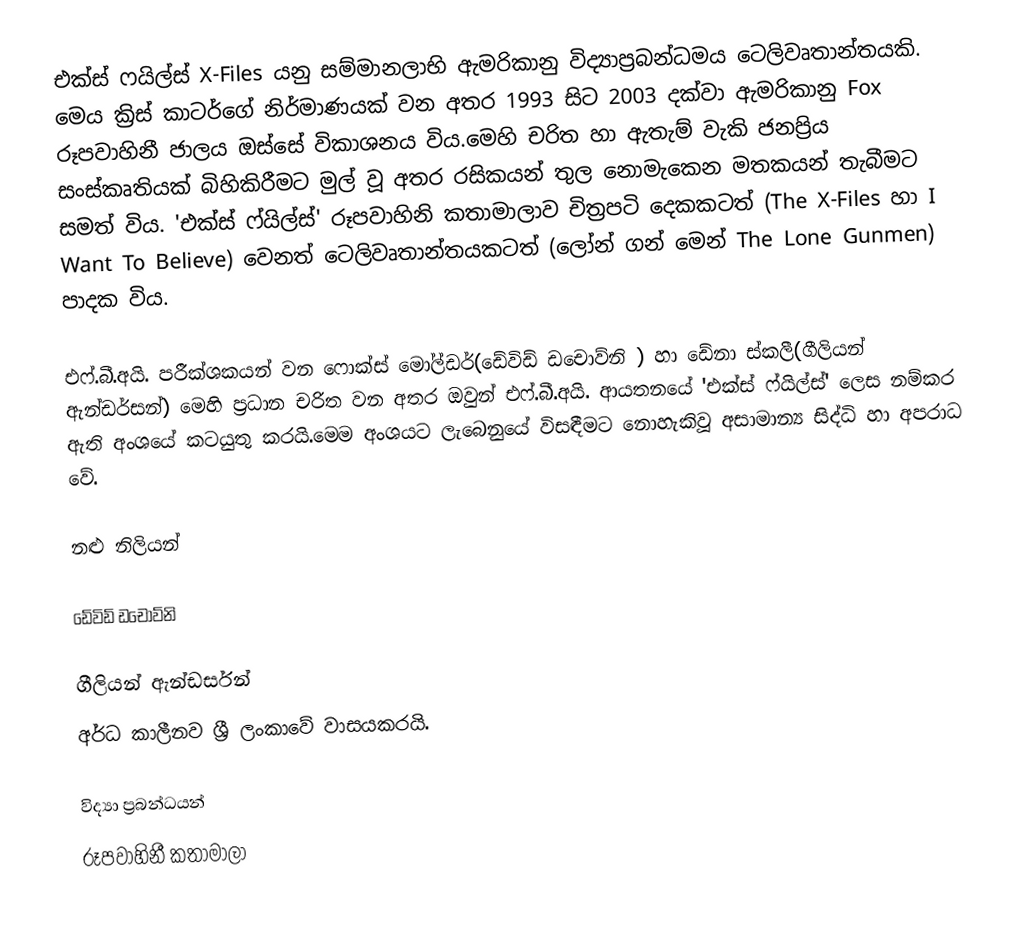
එක්ස් ෆයිල්ස් X-Files යනු සම්මානලාභි ඇමරිකානු විද්‍යාප්‍රබන්ධමය ටෙලිවෘතාන්තයකි. මෙය ක්‍රිස් කාටර්ගේ නිර්මාණයක් වන අතර 1993 සිට 2003 දක්වා ඇමරිකානු Fox රූපවාහිනී ජාලය ඔස්සේ විකාශනය විය.මෙහි චරිත හා ඇතැම් වැකි ජනප්‍රිය සංස්කෘතියක් බිහිකිරීමට මුල් වූ අතර රසිකයන් තුල නොමැකෙන මතකයන් තැබීමට සමත් විය. 'එක්ස් ෆ්යිල්ස්' රූපවාහිනි කතාමාලාව චිත්‍රපටි දෙකකටත් (The X-Files හා I Want To Believe) වෙනත් ටෙලිවෘතාන්තයකටත් (ලෝන් ගන් මෙන් The Lone Gunmen) පාදක විය.

එෆ්.බී.අයි. පරීක්ශකයන් වන ෆොක්ස් මෝල්ඩර්(ඩේවිඩ් ඩචොව්නි ) හා ඩේනා ස්කලී(ගීලියන් ඇන්ඩර්සන්) මෙහි ප්‍රධාන චරිත වන අතර ඔවුන් එෆ්.බී.අයි. ආයතනයේ 'එක්ස් ෆ්යිල්ස්' ලෙස නම්කර ඇති අංශයේ කටයුතු කරයි.මෙම අංශයට ලැබෙනුයේ විසඳීමට නොහැකිවූ අසාමාන්‍ය සිද්ධි හා අපරාධ වේ.

නළු නිලියන්

ඩේවිඩ් ඩචොව්නි

ගීලියන් ඇන්ඩර්සන්
අර්ධ කාලීනව ශ්‍රී ලංකාවේ වාසයකරයි.

විද්‍යා ප්‍රබන්ධයන්
රූපවාහිනී කතාමාලා